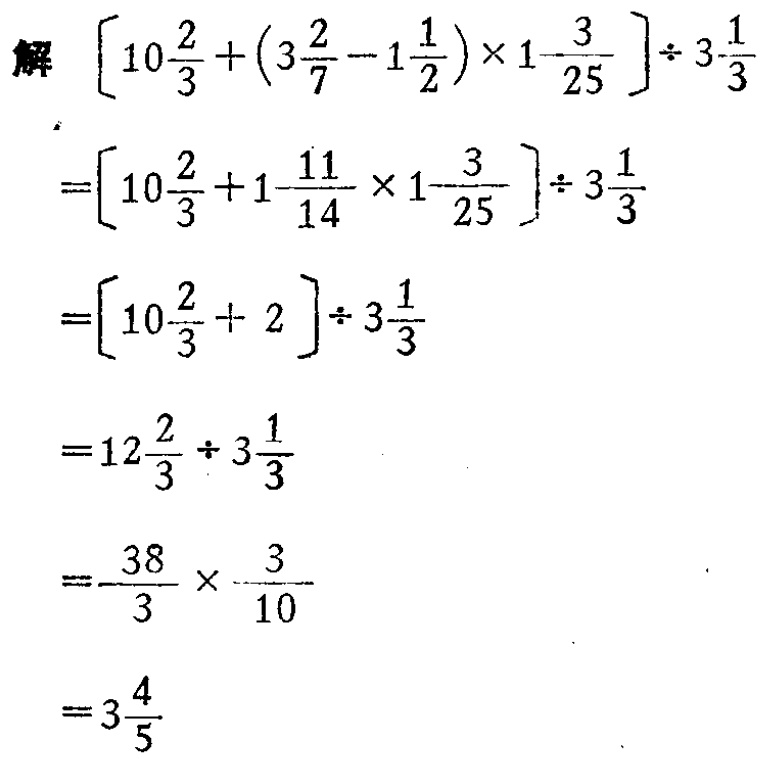
解

\[

\begin{align*}

&\left[10\frac{2}{3}+\left(3\frac{2}{7}-1\frac{1}{2}\right)\times1\frac{3}{25}\right]\div3\frac{1}{3}\\

=&\left[10\frac{2}{3}+1\frac{11}{14}\times1\frac{3}{25}\right]\div3\frac{1}{3}\\

=&\left[10\frac{2}{3}+ 2\right]\div3\frac{1}{3}\\

=&12\frac{2}{3}\div3\frac{1}{3}\\

=&\frac{38}{3}\times\frac{3}{10}\\

=&3\frac{4}{5}

\end{align*}

\]